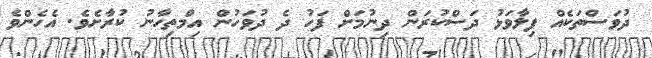
ދުވަސްތަކެއް ފިލާވަޅު ދަސްކުރަން ދިނުމަށް ފަހު ދެ ދުވަހުން އިމްތިހާނު ކުރާށެވެ. އެހެންވެ